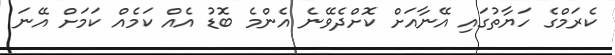
ކެރަމްގެ ހަޔާތުގައި އޭނާއަށް ކޮށްދެވޭނެ އެންމެ ބޮޑު އެއް ކަމެއް ކަމަށް އޭނަ